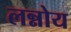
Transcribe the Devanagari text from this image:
लन्नोय